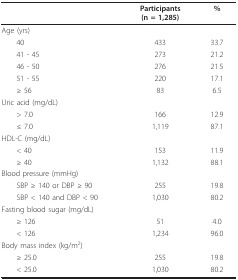
|  | Participants(n = 1,285) | % |
 | --- | --- | --- |
 | Age (yrs) |  |  |
 | 40 | 433 | 33.7 |
 | 41 - 45 | 273 | 21.2 |
 | 46 - 50 | 276 | 21.5 |
 | 51 - 55 | 220 | 17.1 |
 | ≥ 56 | 83 | 6.5 |
 | Uric acid (mg/dL) |  |  |
 | > 7.0 | 166 | 12.9 |
 | ≤ 7.0 | 1,119 | 87.1 |
 | HDL-C (mg/dL) |  |  |
 | < 40 | 153 | 11.9 |
 | ≥ 40 | 1,132 | 88.1 |
 | Blood pressure (mmHg) |  |  |
 | SBP ≥ 140 or DBP ≥ 90 | 255 | 19.8 |
 | SBP < 140 and DBP < 90 | 1,030 | 80.2 |
 | Fasting blood sugar (mg/dL) |  |  |
 | ≥ 126 | 51 | 4.0 |
 | < 126 | 1,234 | 96.0 |
 | Body mass index (kg/m2) |  |  |
 | ≥ 25.0 | 255 | 19.8 |
 | < 25.0 | 1,030 | 80.2 |